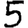
Digit: 5